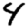
Digit: 4